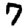
Digit: 7